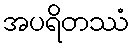
အပရိတဿံ